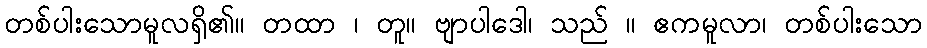
တစ်ပါးသောမူလရှိ၏။ တထာ ၊ တူ။ ဗျာပါဒေါ၊ သည် ။ ဧကမူလာ၊ တစ်ပါးသော